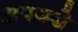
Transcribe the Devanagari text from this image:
अपयशे